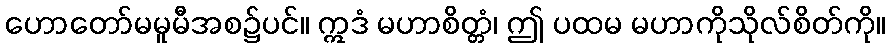
ဟောတော်မမူမီအစ၌ပင်။ ဣဒံ မဟာစိတ္တံ၊ ဤ ပထမ မဟာကိုသိုလ်စိတ်ကို။